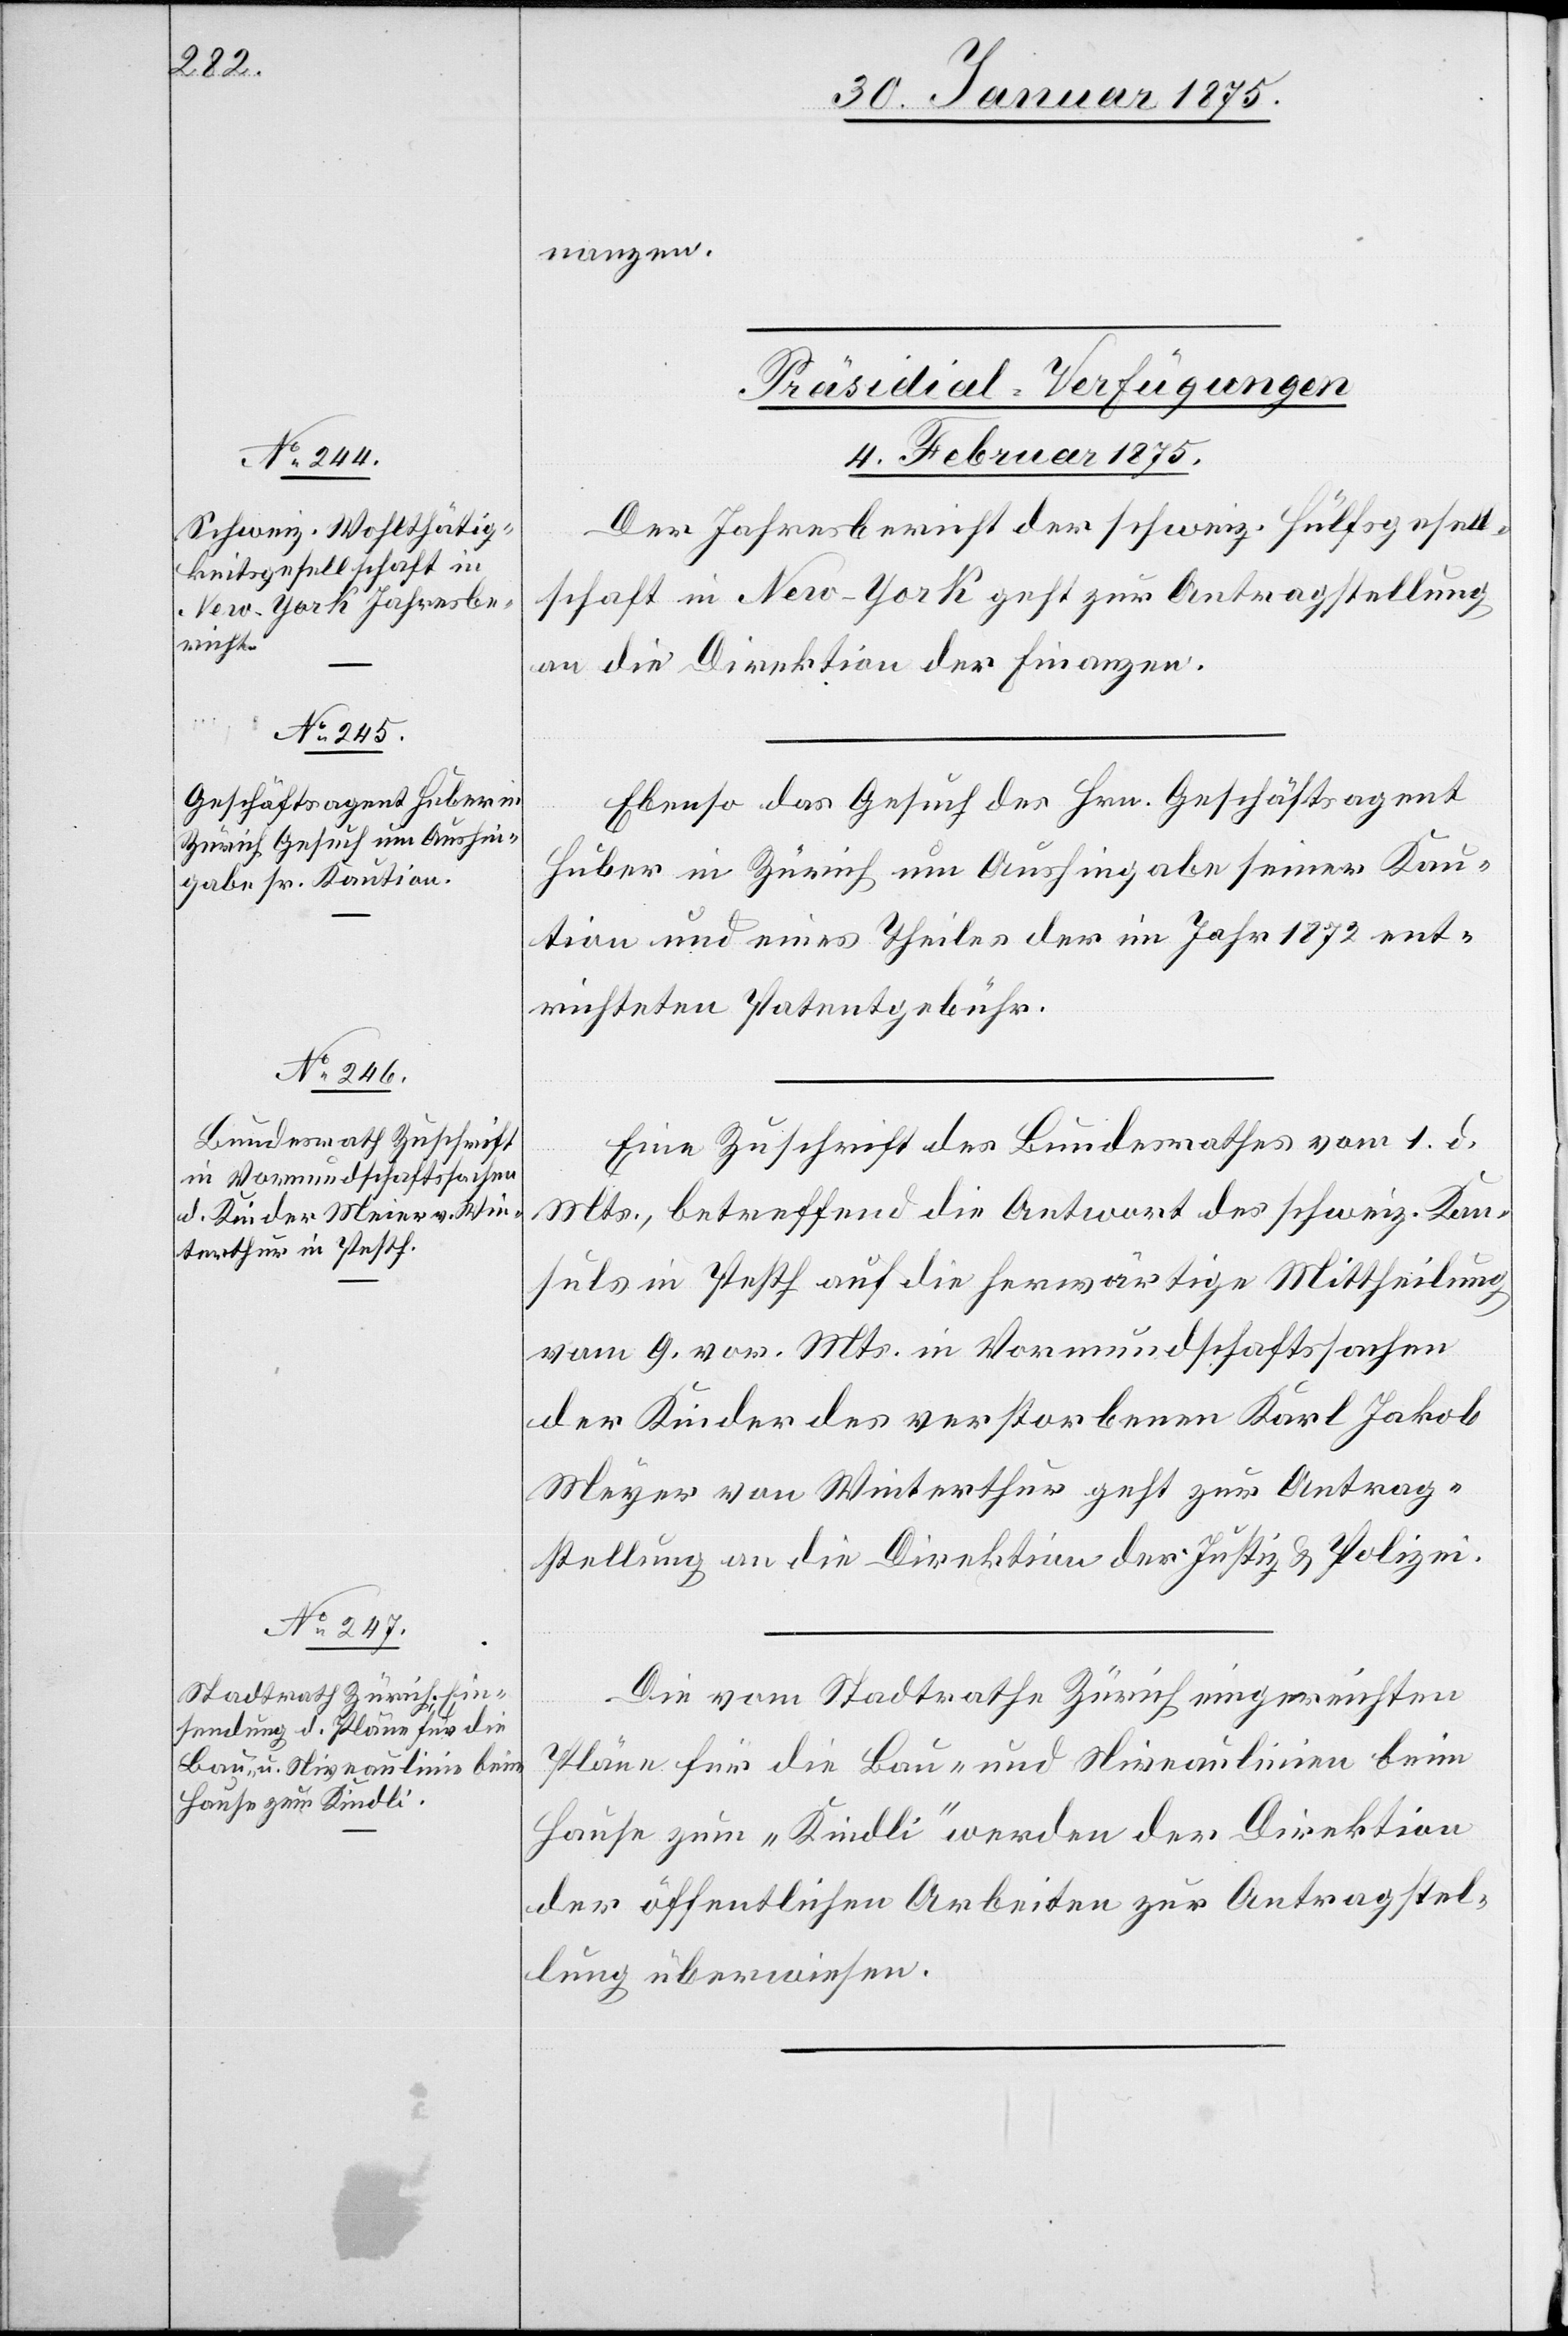
nanzen.
[Präsidial-Verfügungen
4. Februar 1875.]
Der Jahresbericht der schweiz. Hülfsgesell¬
schaft in New-York geht zur Antragstellung
an die Direktion der Finanzen.
Ebenso das Gesuch des Hrn. Geschäftsagent
Huber in Zürich um Aushingabe seiner Kau¬
tion und eines Theiles der im Jahr 1872 ent¬
richteten Patentgebühr.
Eine Zuschrift des Bundesrathes vom 1. d.
Mts., betreffend die Antwort des schweiz. Kon¬
suls in Pesth auf die herwärtige Mittheilung
vom 9. vor. Mts. in Vormundschaftssachen
der Kinder des verstorbenen Karl Jakob
[sic!] von Winterthur geht zur Antrag¬
stellung an die Direktion der Justiz & Polizei.
Die vom Stadtrathe Zürich eingereichten
Pläne für die Bau- und Niveaulinien beim
Hause zum „Kindli“ werden der Direktion
der öffentlichen Arbeiten zur Antragstel¬
lung überwiesen.